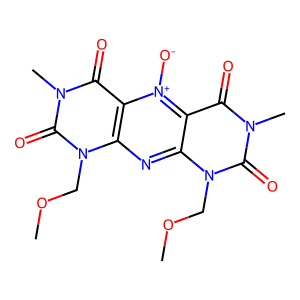
SMILES: COCn1c(=O)n(C)c(=O)c2c1nc1c(c(=O)n(C)c(=O)n1COC)[n+]2[O-]
Inhibits HIV replication: No